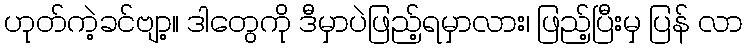
ဟုတ်ကဲ့ခင်ဗျာ့။ ဒါတွေကို ဒီမှာပဲဖြည့်ရမှာလား၊ ဖြည့်ပြီးမှ ပြန် လာ